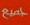
جصيع